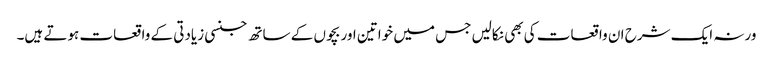
ورنہ ایک شرح ان واقعات کی بھی نکالیں جس میں خواتین اور بچوں کے ساتھ جنسی زیادتی کے واقعات ہوتے ہیں۔